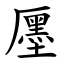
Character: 㕓